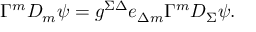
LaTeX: \Gamma ^ { m } D _ { m } \psi = g ^ { \Sigma \Delta } e _ { \Delta m } \Gamma ^ { m } D _ { \Sigma } \psi .